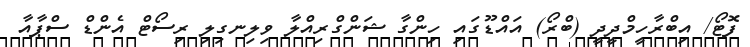
ފޮޓޯ/ އިބްރާހީމްދީދީ (ބްރޯ) އައްޑޫގައި ހިންގާ ޝަންގްރިއްލާ ވިލިނގިލި ރިސޯޓް އެންޑް ސްޕާއާ